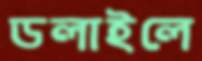
ডলাইলে